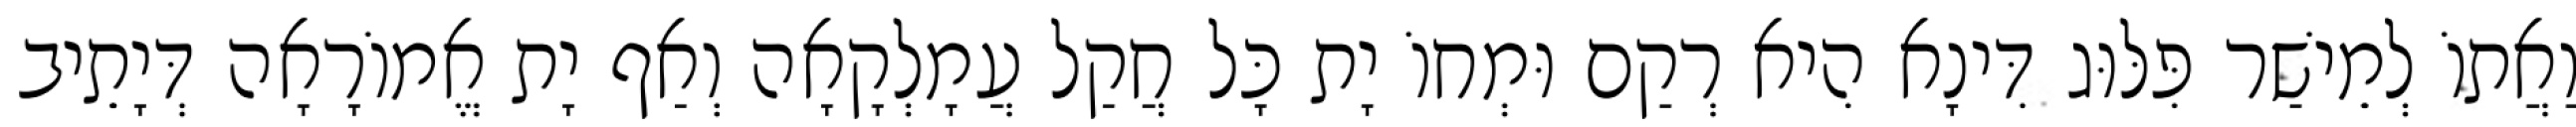
וַאֲתוֹ לְמֵישַׁר פִּלּוּג דִּינָא הִיא רְקַם וּמְחוֹ יָת כָּל חֲקַל עֲמָלְקָאָה וְאַף יָת אֱמוֹרָאָה דְּיָתֵיב